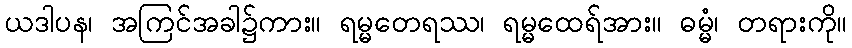
ယဒါပန၊ အကြင်အခါ၌ကား။ ရမ္မတေရဿ၊ ရမ္မထေရ်အား။ ဓမ္မံ၊ တရားကို။